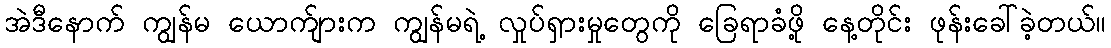
အဲဒီနောက် ကျွန်မ ယောက်ျားက ကျွန်မရဲ့ လှုပ်ရှားမှုတွေကို ခြေရာခံဖို့ နေ့တိုင်း ဖုန်းခေါ်ခဲ့တယ်။